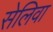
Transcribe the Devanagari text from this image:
सेलिवा